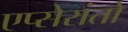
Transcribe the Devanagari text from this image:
एप्सेरांतो